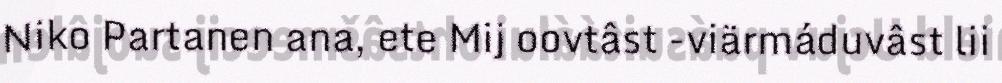
Niko Partanen ana, ete Mij oovtâst -viärmáduvâst lii